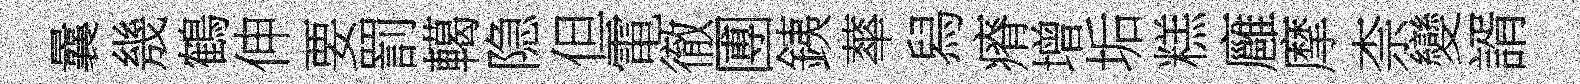
曩㡬鶴伸要罰轕隐但電徹圑銕蕐舄瘠增垢糕廱摩柰變諝